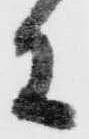
等